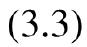
$(3.3)$